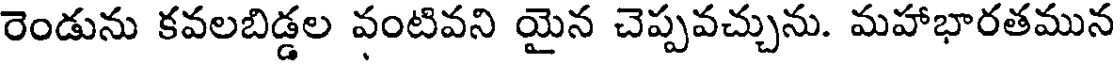
రెండును కవలబిడ్డల వంటివని యైన చెప్పవచ్చును. మహాభారతమున